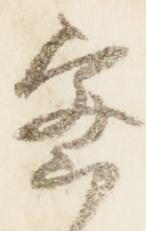
密